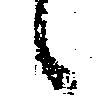
候